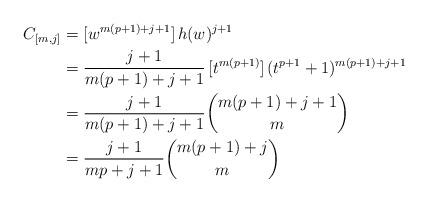
LaTeX: \begin{align*}C_{[m,j]} & =[w^{m(p+1)+j+1}]\,h(w)^{j+1}\\& =\frac{j+1}{m(p+1)+j+1}\,[t^{m(p+1)}]\,(t^{p+1}+1)^{m(p+1)+j+1}\\ & =\frac{j+1}{m(p+1)+j+1}\binom{m(p+1)+j+1}{m}\\ & =\frac{j+1}{mp+j+1}\binom{m(p+1)+j}{m}\end{align*}